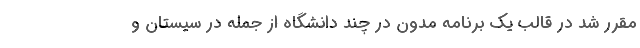
مقرر شد در قالب یک برنامه مدون در چند دانشگاه از جمله در سیستان و